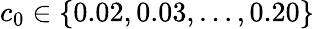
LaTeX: c_{0}\in\{ 0.02,0.03,\ldots,0.20\}